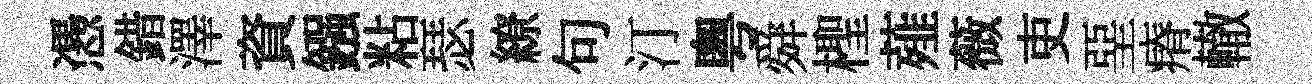
慿錯澤資鏹粘瑟繚句汀粵舜檉薤薇吏堊瘠轍